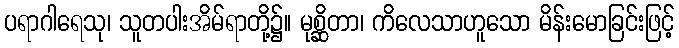
ပရာဂါရေသု၊ သူတပါးအိမ်ရာတို့၌။ မုစ္ဆိတာ၊ ကိလေသာဟူသော မိန်းမောခြင်းဖြင့်